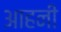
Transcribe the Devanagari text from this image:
आहनी